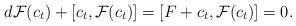
LaTeX: \begin{align*}d{\cal F}(c_t) + [c_t, {\cal F}(c_t)] = [F+c_t, {\cal F}(c_t)] = 0.\end{align*}